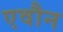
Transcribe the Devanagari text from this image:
एवौन